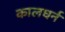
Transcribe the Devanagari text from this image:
कालधर्न